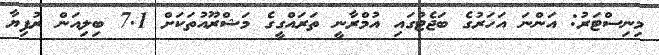
މިނިސްޓަރު: އަންނަ އަހަރުގެ ބަޖެޓުގައި އުމްރާނީ ތަރައްގީގެ މަޝްރޫއުތަކަށް 7.1 ބިލިއަން ރުފިޔާ